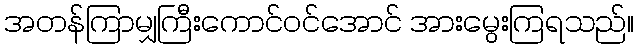
အတန်ကြာမျှကြီးကောင်ဝင်အောင် အားမွေးကြရသည်။